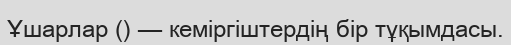
Ұшарлар () — кеміргіштердің бір тұқымдасы.